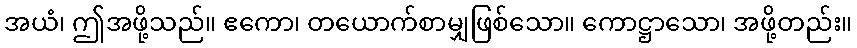
အယံ၊ ဤအဖို့သည်။ ဧကော၊ တယောက်စာမျှဖြစ်သော။ ကောဋ္ဌာသော၊ အဖို့တည်း။